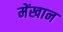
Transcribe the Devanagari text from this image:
मेंखान